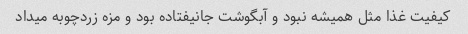
کیفیت غذا مثل همیشه نبود و آبگوشت جانیفتاده بود و مزه زردچوبه میداد